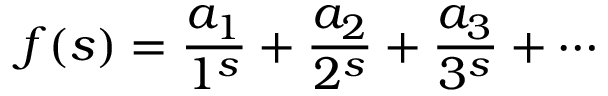
f ( s ) = { \frac { a _ { 1 } } { 1 ^ { s } } } + { \frac { a _ { 2 } } { 2 ^ { s } } } + { \frac { a _ { 3 } } { 3 ^ { s } } } + \cdots